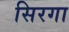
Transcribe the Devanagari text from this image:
सिरगा